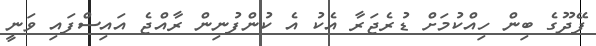
ފޭދޫގެ ބިން ހިއްކުމަށް ޑުރެޖަރާ އެކު އެ ކުންފުނިން ރާއްޖެ އައިސްފައި ވަނީ